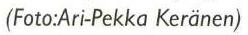
(Foto:Ari-Pekka Keränen)